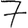
Digit: 7